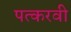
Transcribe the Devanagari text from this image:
पत्करवी